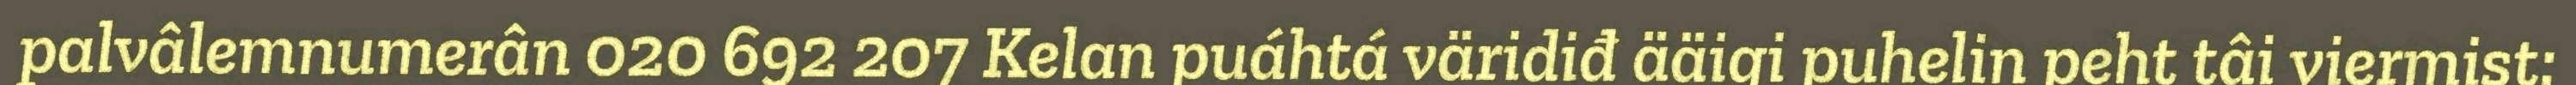
palvâlemnumerân 020 692 207 Kelan puáhtá väridiđ ääigi puhelin peht tâi viermist: